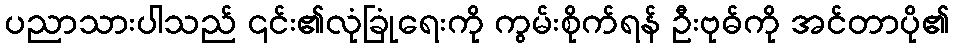
ပညာသားပါသည် ၎င်း၏လုံခြုံရေးကို ကွမ်းစိုက်ရန် ဦးဗုဓ်ကို အင်တာပို၏